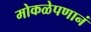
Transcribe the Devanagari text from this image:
मोकळेपणानं